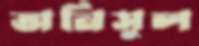
অনিসুল